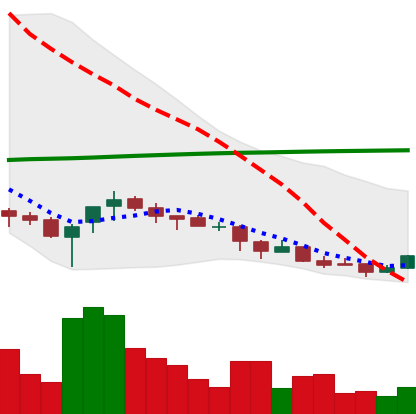
Ticker: NEO-USD
Chart end date: 2018-04-03
Forward return: -8.299%
Label: down_7plus